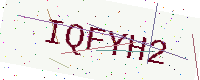
Text: IQFYH2